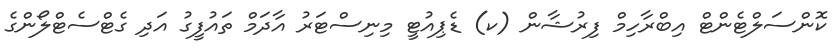
ކޮންސަލްޓެންޓް އިބްރާހިމް ފިރުޝާން (ކ) ޑެޕިއުޓީ މިނިސްޓަރު އާދަމް ތައުފީގު އަދި ގެޓްސެޓްލޯންގެ